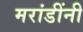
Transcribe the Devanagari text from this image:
मरांडींनी